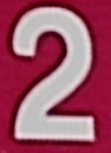
2